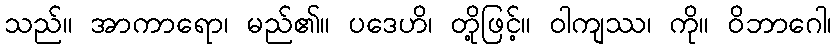
သည်။ အာကာရော၊ မည်၏။ ပဒေဟိ၊ တို့ဖြင့်။ ဝါကျဿ၊ ကို။ ဝိဘာဂေါ၊